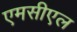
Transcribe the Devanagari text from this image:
एमसीएल